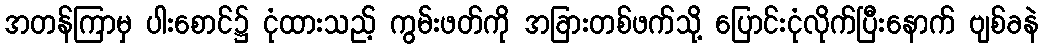
အတန်ကြာမှ ပါးစောင်၌ ငုံထားသည့် ကွမ်းဖတ်ကို အခြားတစ်ဖက်သို့ ပြောင်းငုံလိုက်ပြီးနောက် ဗျစ်ခနဲ